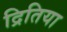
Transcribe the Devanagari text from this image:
द्रितिया